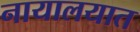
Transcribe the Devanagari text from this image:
नायालयात